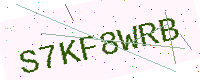
Text: S7KF8WRB